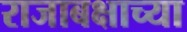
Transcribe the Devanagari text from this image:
राजाबक्षाच्या